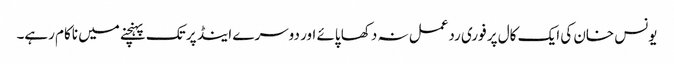
یونس خان کی ایک کال پر فوری ردعمل نہ دکھا پائے اور دوسرے اینڈ پر تک پہنچنے میں ناکام رہے۔